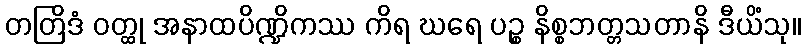
တတြိဒံ ဝတ္ထု အနာထပိဏ္ဍိကဿ ကိရ ဃရေ ပဉ္စ နိစ္စဘတ္တသတာနိ ဒီယိံသု။